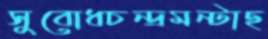
সুবোধচন্দ্রমন্টাছ